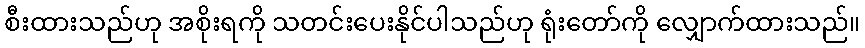
စီးထားသည်ဟု အစိုးရကို သတင်းပေးနိုင်ပါသည်ဟု ရုံးတော်ကို လျှောက်ထားသည်။